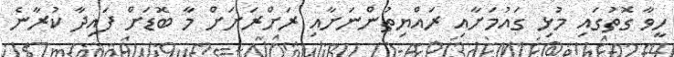
ހީވާ ގޮތުގައި މުޅި ގައުމަށާއި ރައްޔިތުންނަށާއި ރަށްރަށަށް މާ ބޮޑަށް ފައިދާ ކުރާނެ